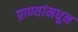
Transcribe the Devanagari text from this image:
प्राण्यांमधून